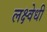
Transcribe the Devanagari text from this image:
लक्ष्वेधी